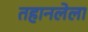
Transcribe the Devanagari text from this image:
तहानलेला